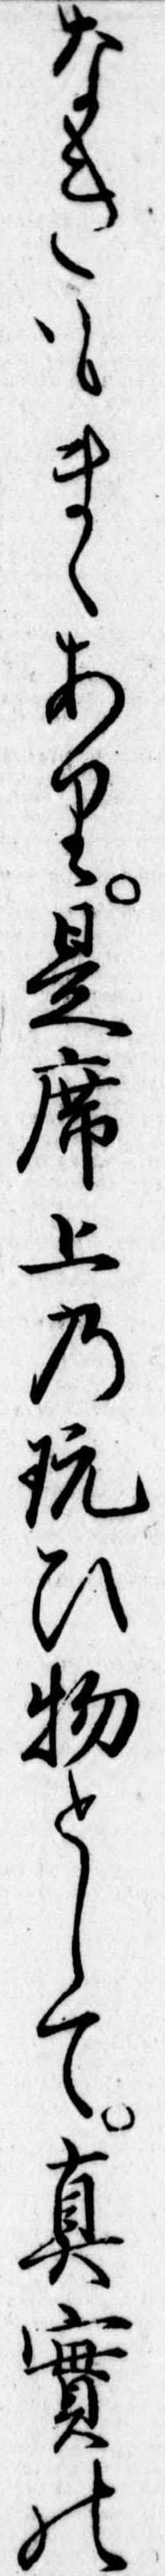
なきもまゝあり是席上の玩ひ物として真実の